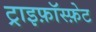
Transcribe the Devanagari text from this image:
ट्राइफ़ॉस्फ़ेट